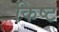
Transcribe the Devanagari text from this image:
किष्ट